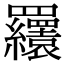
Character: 𦍆